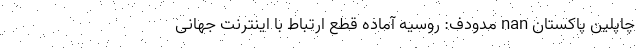
چاپلین پاکستان nan مدودف: روسیه آماده قطع ارتباط با اینترنت جهانی